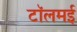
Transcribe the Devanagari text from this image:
टॉलमई